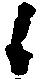
候